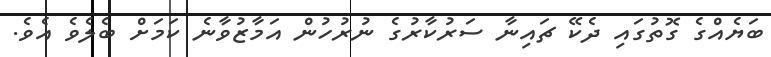
ބަޔެއްގެ ގޮތުގައި ދެކޭ ޗައިނާ ސަރުކާރުގެ ނުރުހުން އަމާޒުވާނެ ކަމަށް ބެލެވެ އެވެ.